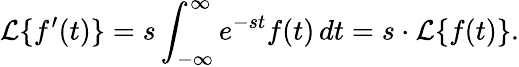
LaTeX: {\mathcal{L}}\{ f^{\prime}(t)\} =s\int_{-\infty}^{\infty}e^{-st}f(t)\, dt=s\cdot{\mathcal{L}}\{ f(t)\} .